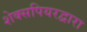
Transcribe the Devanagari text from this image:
शेक्सपियरद्वारा